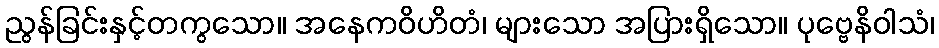
ညွန်ခြင်းနှင့်တကွသော။ အနေကဝိဟိတံ၊ များသော အပြားရှိသော။ ပုဗ္ဗေနိဝါသံ၊